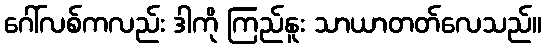
ဂေါ်လစ်ကလည်း ဒါကို ကြည်နူး သာယာတတ်လေသည်။